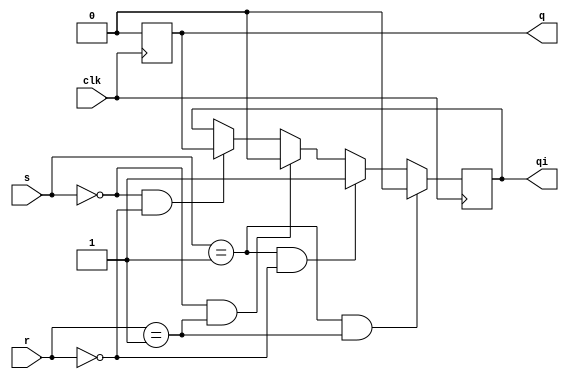
module sr_ff(
  input [1:0]s,
  input [1:0]r,
  input clk,
  output q,
  output qi
  );
reg q,qi;
  always @(posedge clk)
    begin
      q<=0;
      if(s==2'b00 && r==2'b00)
        qi<=q;
      if(s==2'b00 && r==2'b01)
        qi<=1'b0;
      if(s==2'b01 && r==2'b00)
        qi<=1'b1;
      if(s==2'b01 && r==2'b01)
        qi<=1'b0;
    end
endmodule
module sr_ff_top(
  input clk,
  output q,
  output qi
);
  sr_ff uuf(0,0, clk, q, qi);
endmodule